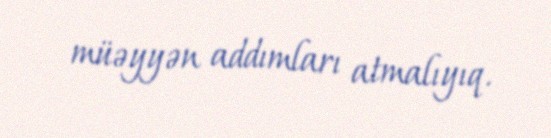
müəyyən addımları atmalıyıq.